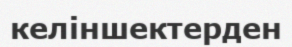
келіншектерден